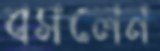
বসলেন